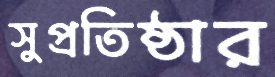
সুপ্রতিষ্ঠার